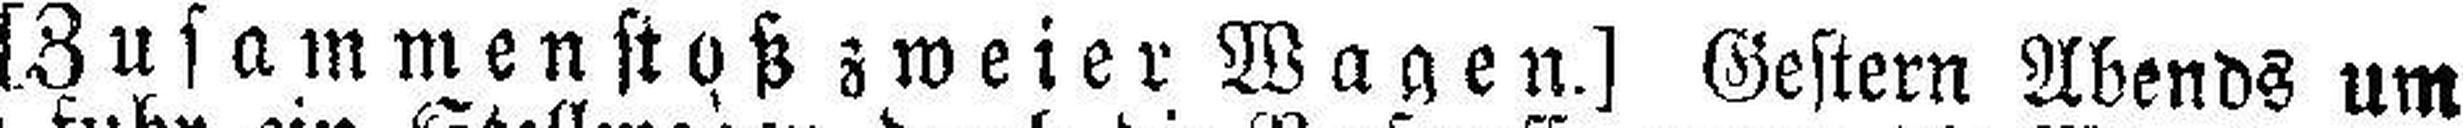
[Zusammenstoß zweier Wagen.] Gestern Abends um